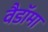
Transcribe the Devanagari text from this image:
वैडाॅमा